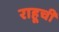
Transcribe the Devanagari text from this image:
राहूची